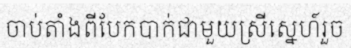
ចាប់តាំងពីបែកបាក់ជាមួយស្រីស្នេហ៍រួច